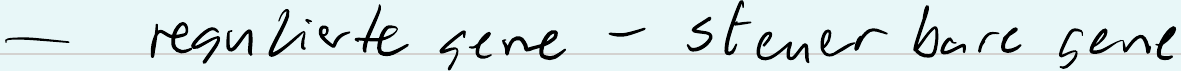
- regulierte gene - steuer bare gene